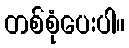
တစ်စုံပေးပါ။